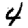
Digit: 4